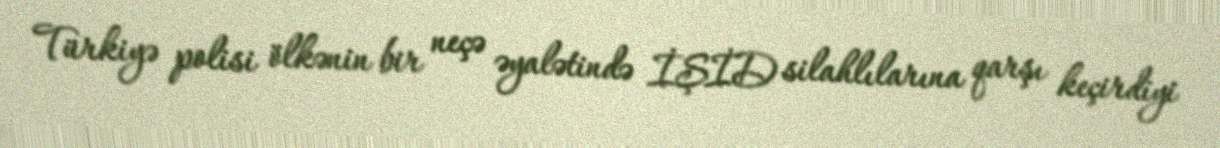
Türkiyə polisi ölkənin bir neçə əyalətində İŞİD silahlılarına qarşı keçirdiyi